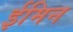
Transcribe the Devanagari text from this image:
ईमिन